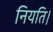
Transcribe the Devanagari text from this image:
नियति।